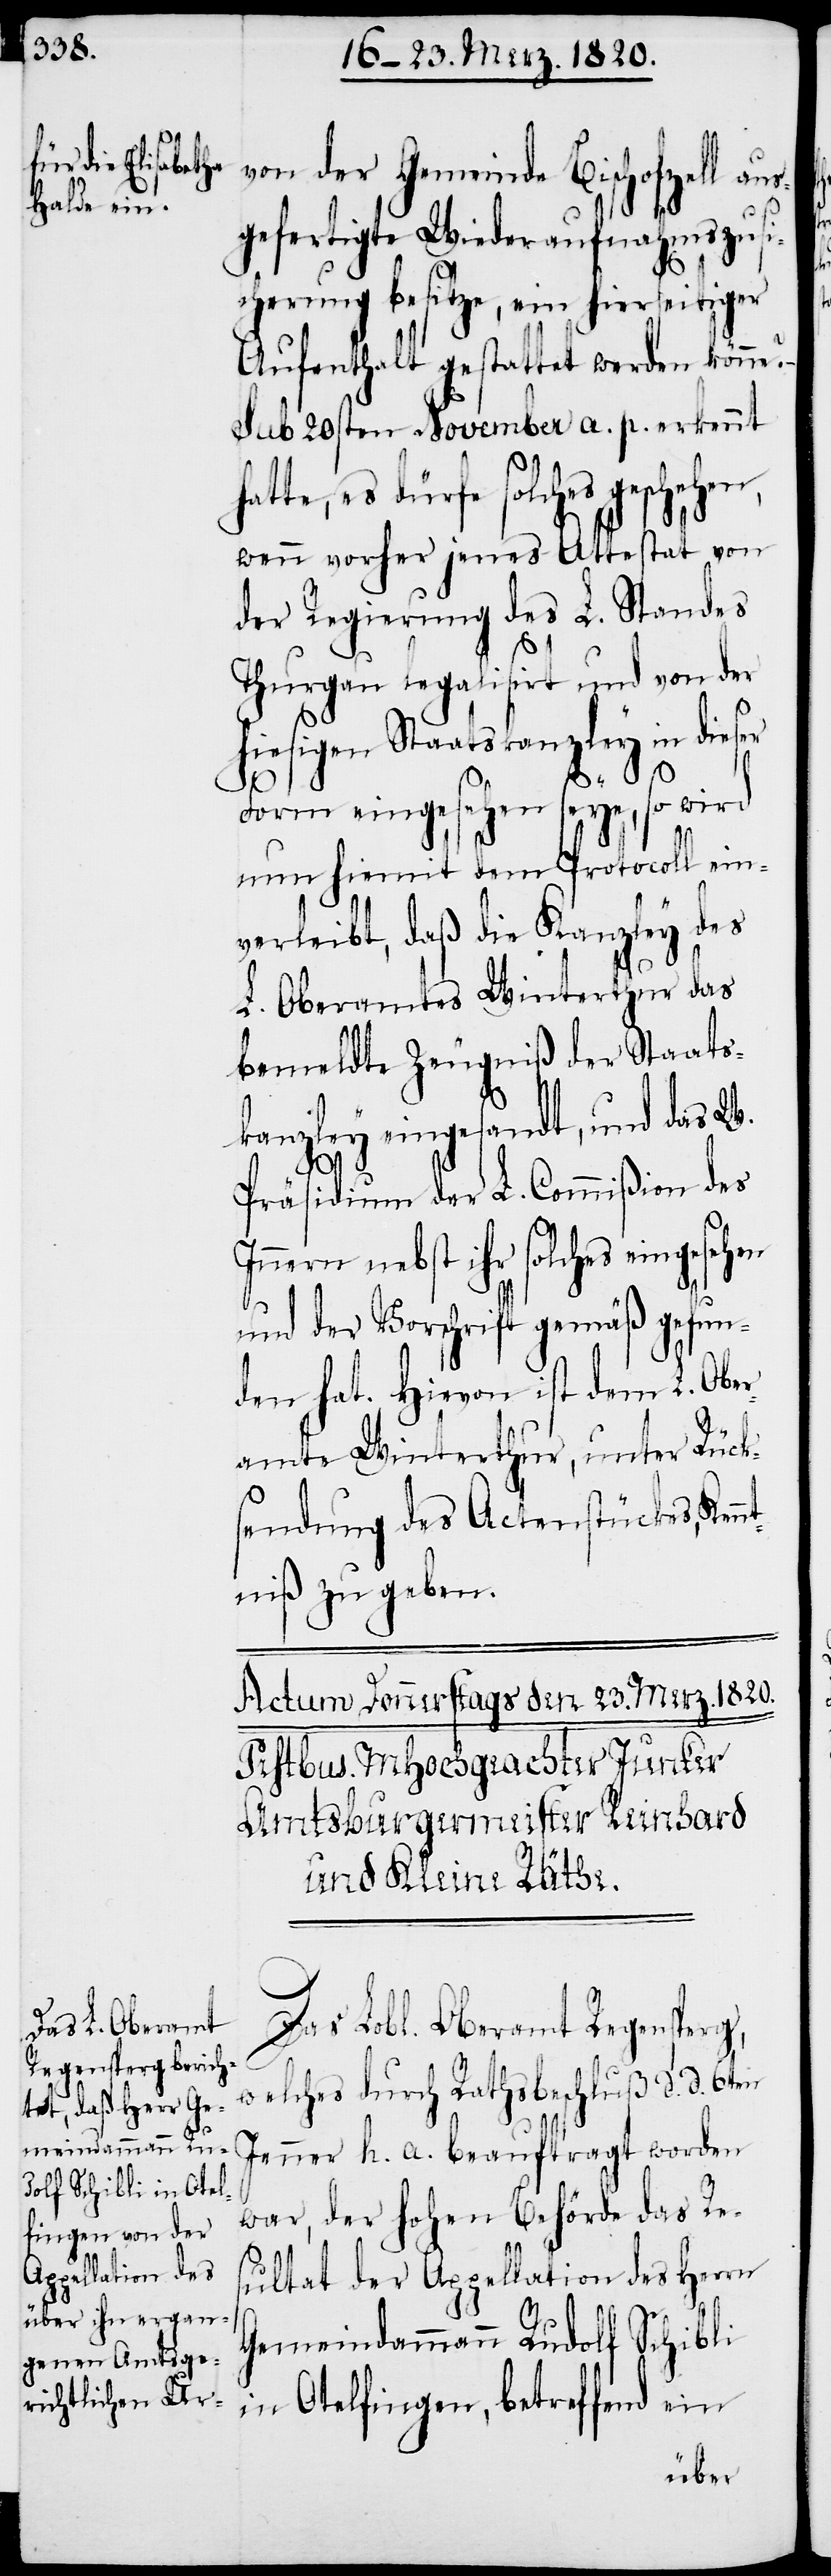
von der Gemeinde Bischofzell aus¬
gefertigte Wiederaufnahmszusi¬
cherung besitze, ein hierseitiger
Aufenthalt gestattet werden könne?
sub 20sten November a. p. erkennt
te, es dürfe solches gesche¬
wenn vorher jenes Attestat von
der Regierung des L. Standes
Thurgau legalisirt und von der
hiesigen Staatskanzley in dieser
hen,
Form eingesehen seye, so wird
nun hiemit dem Protocoll ein¬
verleibt, daß die Kanzley des
L. Oberamtes Winterthur das
bemeldte Zeugniß der Staats¬
kanzley eingesandt, und das W.
Präsidium der L. Commißion des
Innern nebst ihr solches eingesehne
und der Vorschrift gemäß gefun¬
den hat. Hievon ist dem L. Ober¬
amte Winterthur, unter Rück¬
sendung des Actenstückes, Ken¬
ntniß zu geben.
Das Lobl. Oberamt Regensperg,
welches durch Rathsbeschluß d. d. 6ten
Jenner h. a. beauftragt worden
war, der hohen Behörde das Re¬
sultat der Appellation des Herrn
Gemeindammann Rudolf Schibli
in Otelfingen, betreffend ein